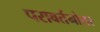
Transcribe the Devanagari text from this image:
परावर्तनोत्तर